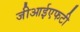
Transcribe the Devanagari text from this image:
जीआईएफटी